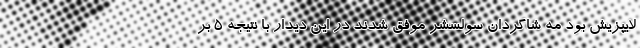
لایپزیش بود مه شاگردان سولسشر موفق شدند در این دیدار با نتیجه ۵ بر